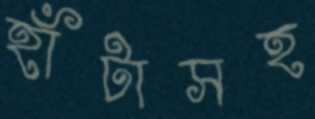
হাঁটাসহ